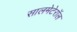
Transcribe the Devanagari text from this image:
सालमेटेरॉल